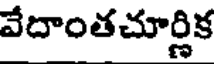
వేదాంతచూర్లిక